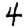
Digit: 4